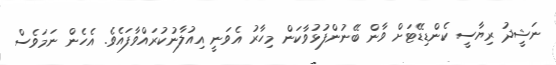
ނަޝީދު ރިޔާސީ ކެންޑިޑޭޓަށް ވާން ބޭނުންފުޅުވާކަން މިހާރު އެވަނީ އިއުލާނުކުރައްވާފައެވެ. އެހެން ނަމަވެސް